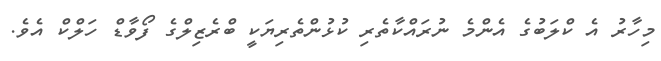
މިހާރު އެ ކްލަބުގެ އެންމެ ނުރައްކާތެރި ކުޅުންތެރިޔަކީ ބްރެޒިލްގެ ފޯވާޑް ހަލްކް އެވެ.